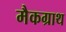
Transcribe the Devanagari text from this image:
मैकग्राथ